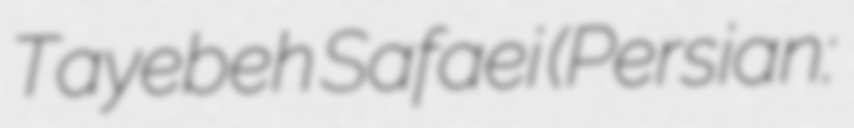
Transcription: Tayebeh Safaei (Persian: طیبه